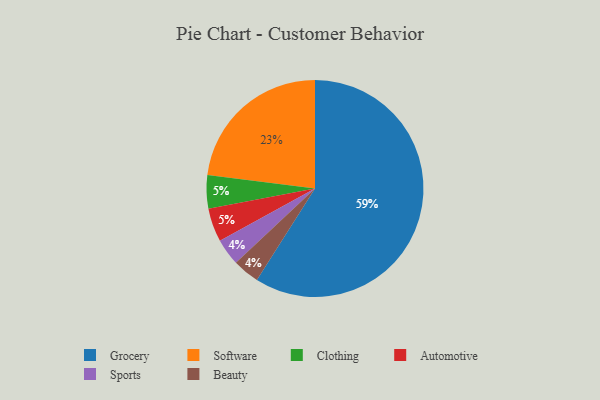
{"axis": {"x": "Category", "y": "Percentage"}, "legend": ["Automotive", "Beauty", "Clothing", "Grocery", "Software", "Sports"], "data": [{"x": "Clothing", "y": 5, "type": "Clothing"}, {"x": "Sports", "y": 4, "type": "Sports"}, {"x": "Automotive", "y": 5, "type": "Automotive"}, {"x": "Software", "y": 23, "type": "Software"}, {"x": "Grocery", "y": 59, "type": "Grocery"}, {"x": "Beauty", "y": 4, "type": "Beauty"}]}